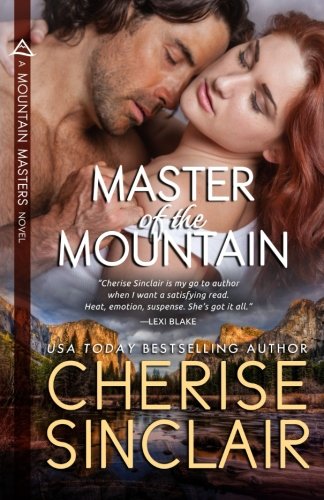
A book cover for Master of the Mountain (Mountain Masters) (Volume 1); Cherise Sinclair; Romance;